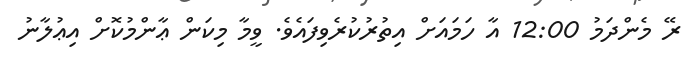
ރޭ މެންދަމު 12:00 އާ ހަމައަށް އިތުރުކުރެވިފައެވެ. ވީމާ މިކަން ޢާންމުކޮށް އިޢުލާނު